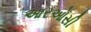
આરઓસી